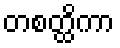
တစတ္ထိကာ